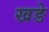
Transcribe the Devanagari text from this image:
खङे